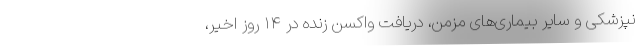
نپزشکی و سایر بیماری‌های مزمن، دریافت واکسن زنده در ۱۴ روز اخیر،